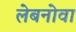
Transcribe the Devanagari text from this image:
लेबनोवा